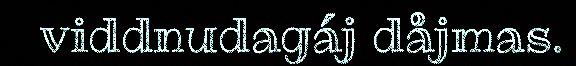
viddnudagáj dåjmas.